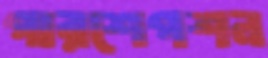
পারশেপশন